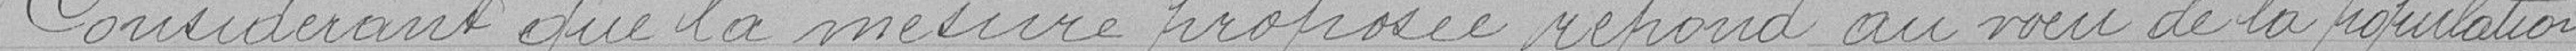
Considérant que la mesure proposé répond au  voeu de la population